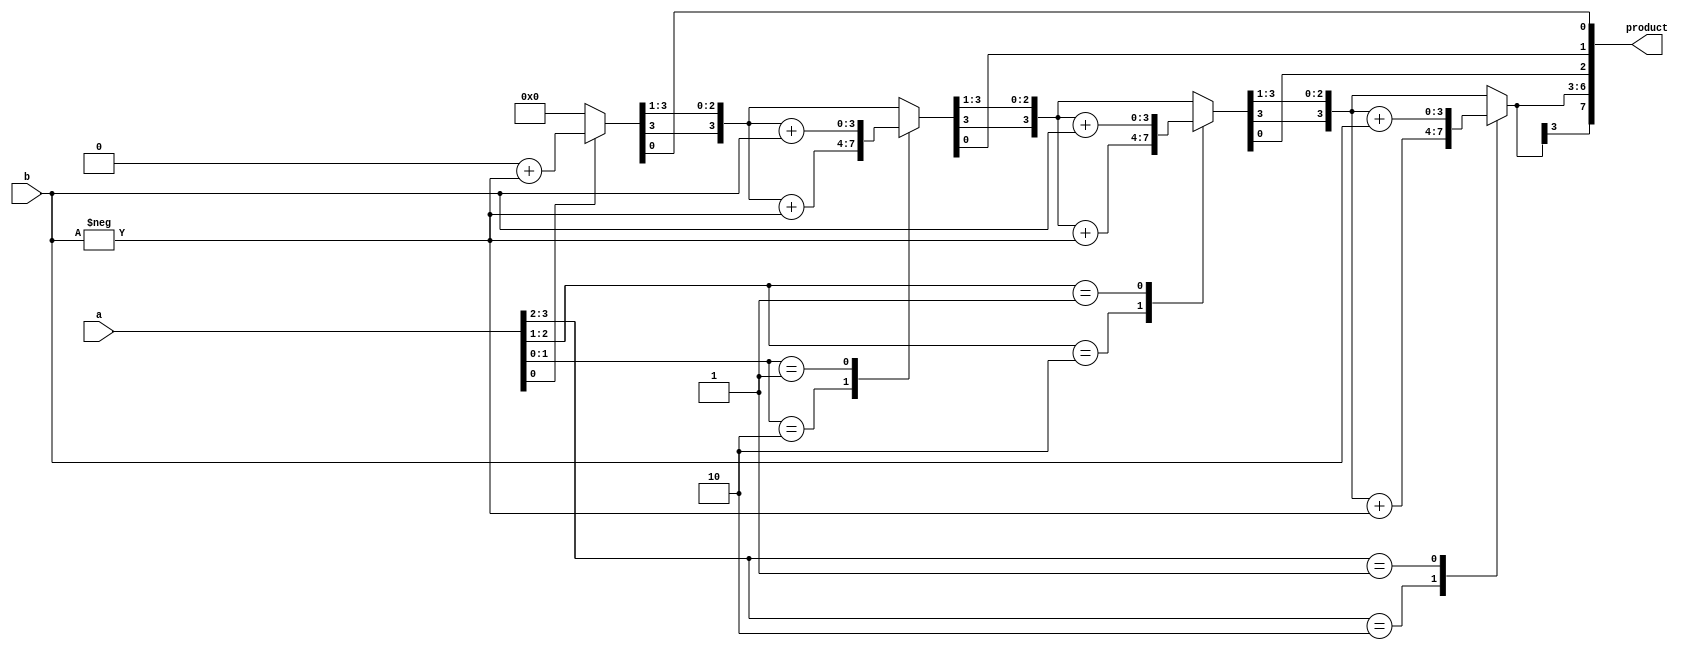
//module booth_multiplier(PRODUCT, A, B);
//  output reg signed [7:0] PRODUCT;
//  input signed [3:0] A, B;

//  reg [1:0] temp;
//  integer i;
//  reg e;
//  reg [3:0] B1;

//  always @(A,B)
//  begin
//    PRODUCT = 8'd0;
//    e = 1'b0;
//    B1 = -B;
    
//    for (i=0; i<4; i=i+1)
//    begin
//      temp = { A[i], e };
//      case(temp)
//        2'd2 : PRODUCT[7:4] = PRODUCT[7:4] + B1;
//        2'd1 : PRODUCT[7:4] = PRODUCT[7:4] + B;
//      endcase
//      PRODUCT = PRODUCT >> 1;
//      PRODUCT[7] = PRODUCT[6];
//      e=A[i];
//    end
//  end
//endmodule






module booth_multiplier(input signed [3:0] a, b, output reg signed [7:0] product);
  reg [1:0] temp;
  reg [3:0] b_1;
  reg qn_1;
  integer i;
  always@(a,b)
  begin
    product = 8'b0;
    qn_1 = 1'b0;
    b_1 = -b;
    for(i = 0; i < 4; i=i+1)
    begin
      temp = {a[i], qn_1};
      case(temp)
        2'd2 : product[7:4] = product[7:4] + b_1;
        2'd1 : product[7:4] = product[7:4] + b;
      endcase
      product = product >> 1;
      product[7] = product[6];
      qn_1 = a[i];
    end
  end
endmodule